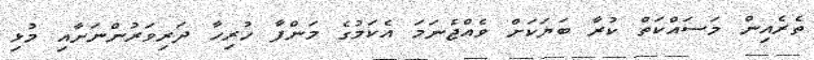
ތެރެއިން މަސައްކަތް ކުރާ ބަޔަކަށް ވެއްޖެނަމަ އެކަމުގެ މަންފާ ހުރިހާ ދަރިވަރުންނަށާއި މުޅި